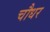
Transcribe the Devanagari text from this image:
चौधर